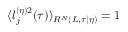
\langle l _ { j } ^ { ( \eta ) 2 } ( \tau ) \rangle _ { R ^ { N } ( L , \tau | \eta ) } = 1